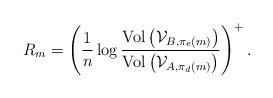
LaTeX: \begin{align*}R_{m}=\left(\frac{1}{n}\log\frac{\textrm{Vol}\left(\mathcal{V}_{B,\pi_{e}\left(m\right)}\right)}{\textrm{Vol}\left(\mathcal{V}_{A,\pi_{d}\left(m\right)}\right)}\right)^{+}.\end{align*}